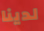
لدينا